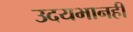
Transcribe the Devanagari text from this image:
उदयभानही